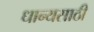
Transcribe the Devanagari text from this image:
धान्यसाठी